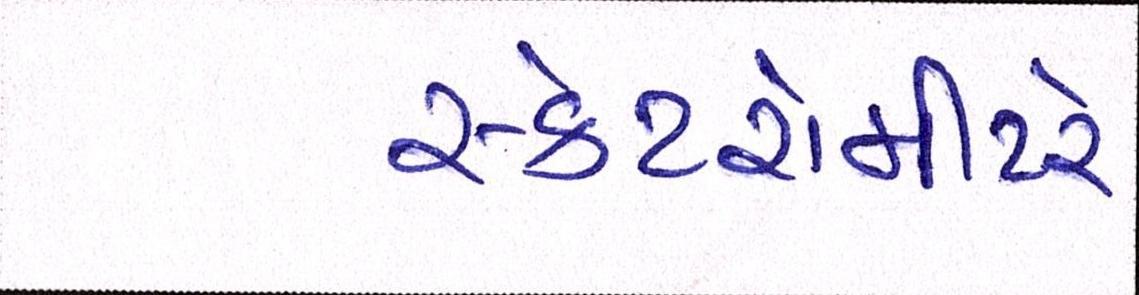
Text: સ્કેટરોમીટરે